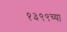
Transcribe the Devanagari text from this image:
१३९९च्या